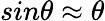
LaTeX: sin\textbf{}\theta\approx\theta